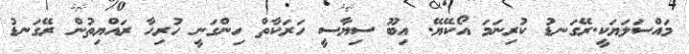
މައްސަލަޔަކީ.ރޭގަނޑު ކުރިނަމަ އޯކޭޔޭ. އިބޫ ސިޔާސީ ހަރަކާތް ހިންގަނީ ހުރިހާ ރައްޔިތުން ރޭގަނޑު